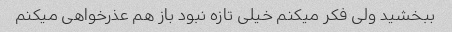
ببخشید ولی فکر میکنم خیلی تازه نبود باز هم عذرخواهی میکنم